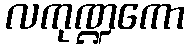
လကုဏ္ဍကော